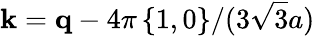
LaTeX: \mathbf{k}=\mathbf{q}-4\pi\left\{ 1,0\right\} /(3\sqrt{3}a)